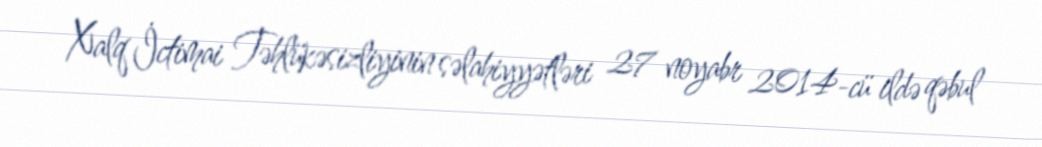
Xalq İctimai Təhlükəsizliyinin səlahiyyətləri 27 noyabr 2014-cü ildə qəbul